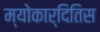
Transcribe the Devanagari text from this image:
म्योकार्दितिस